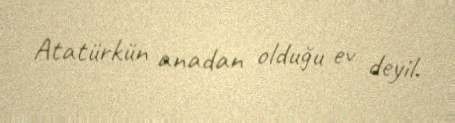
Atatürkün anadan olduğu ev deyil.